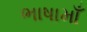
ભાષામાઁ